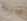
لدينا